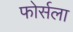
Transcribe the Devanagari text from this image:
फोर्सला